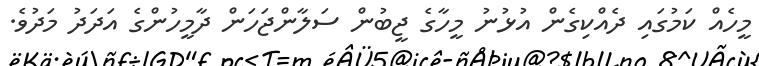
މީހެއް ކަމުގައި ދެއްކިގެން އުޅުނު މީހާގެ ޖީބުން ސަލާންޖަހަން ދާމީހުންގެ އަދަދު މަދުވެ.